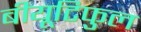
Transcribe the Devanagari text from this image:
बीयूटिफुल